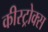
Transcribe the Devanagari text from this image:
कीस्ट्रोक्स